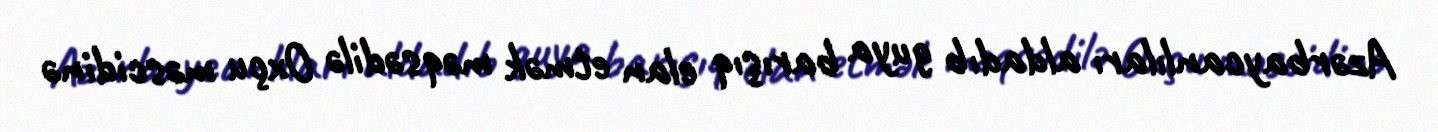
Azərbaycanlıları aldadıb guya barışıq elan etmək məqsədilə Oxçu məscidinə